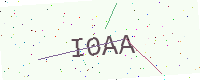
Text: I0AA